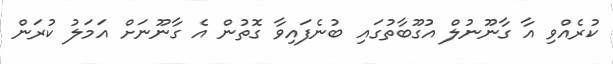
ކުރެއްވި އާ ގާނޫނުލް އުގޫބާތުގައި ބުނެފައިވާ ގޮތުން އެ ގާނޫނަށް އަމަލު ކުރަން